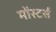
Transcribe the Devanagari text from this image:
मोंस्टर्स